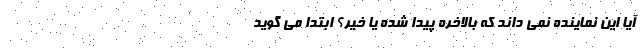
آیا این نماینده نمی داند که بالاخره پیدا شده یا خیر؟ ابتدا می گوید